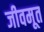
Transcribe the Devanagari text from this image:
जीवमूत